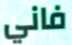
فاني